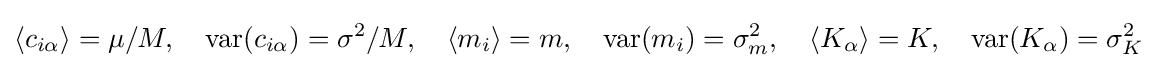
\langle c_{i\alpha }\rangle =\mu /M,\quad \operatorname {var} (c_{i\alpha })=\sigma ^{2}/M,\quad \langle m_{i}\rangle =m,\quad \operatorname {var} (m_{i})=\sigma _{m}^{2},\quad \langle K_{\alpha }\rangle =K,\quad \operatorname {var} (K_{\alpha })=\sigma _{K}^{2}